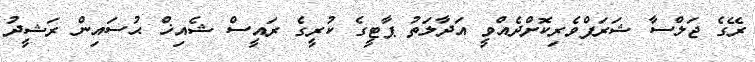
ރޭގެ ޖަލްސާ ޝަރަފްވެރިކޮށްދެއްވީ އަދާލަތު ޕާޓީގެ ކުރީގެ ރައީސް ޝެއިޚް ޙުސައިން ރަޝީދު